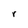
Character: r